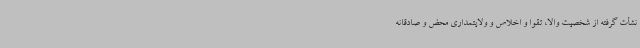
نشأت گرفته از شخصیت والا، تقوا و اخلاص و ولایتمداری محض و صادقانه